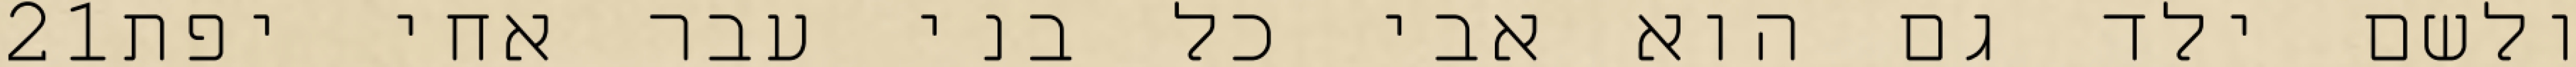
‎21‏ ולשם ילד גם הוא אבי כל בני עבר אחי יפת